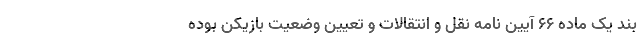
بند یک ماده ۶۶ آیین نامه نقل و انتقالات و تعیین وضعیت بازیکن بوده